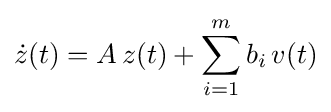
{\dot {z}}(t)=A\,z(t)+\sum _{i=1}^{m}b_{i}\,v(t)